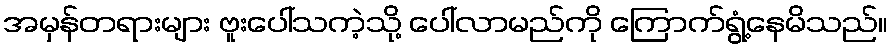
အမှန်တရားများ ဗူးပေါ်သကဲ့သို့ ပေါ်လာမည်ကို ကြောက်ရွံ့နေမိသည်။